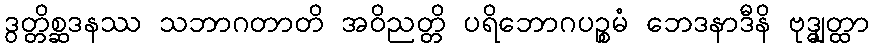
ဒွတ္တိစ္ဆဒနဿ သဘာဂတာတိ အဝိညတ္တိ ပရိဘောဂပဉ္စမံ ဘေဒနာဒီနိ ဗုဒ္ဓျတ္ထာ